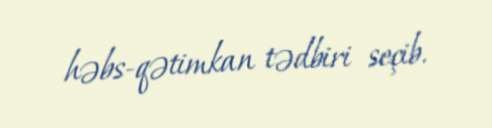
həbs-qətimkan tədbiri seçib.